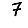
Digit: 7